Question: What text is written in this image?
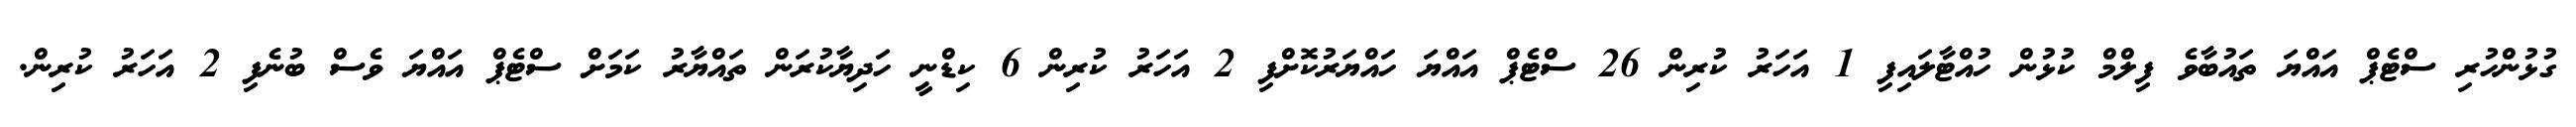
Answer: ގުޅުންހުރި ސްޓެޕް އައްޔަ ތައުބާވެ ފިލްމް ކުޅުން ހުއްޓާލައިފި 1 އަހަރު ކުރިން 26 ސްޓެޕް އައްޔަ ހައްޔަރުކޮށްފި 2 އަހަރު ކުރިން 6 ކިޑްނީ ހަދިޔާކުރަން ތައްޔާރު ކަމަށް ސްޓެޕް އައްޔަ ވެސް ބުނެފި 2 އަހަރު ކުރިން.